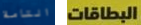
التامة البطاقات